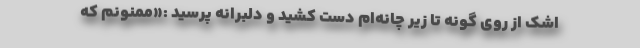
اشک از روی گونه تا زیر چانه‌ام دست کشید و دلبرانه پرسید :«ممنونم که